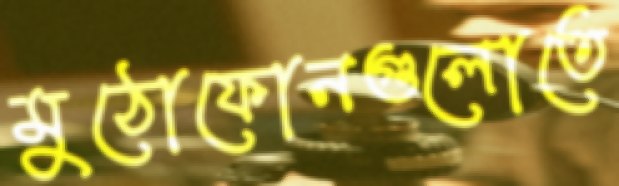
মুঠোফোনগুলোতে